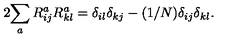
2 \displaystyle { \sum _ { a } R _ { i j } ^ { a } R _ { k l } ^ { a } = \delta _ { i l } \delta _ { k j } - ( 1 / N ) \delta _ { i j } \delta _ { k l } } .